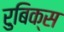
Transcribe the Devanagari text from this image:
रुबिक्स